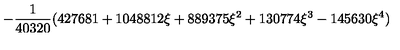
\displaystyle - \frac { 1 } { 4 0 3 2 0 } ( 4 2 7 6 8 1 + 1 0 4 8 8 1 2 \xi + 8 8 9 3 7 5 \xi ^ { 2 } + 1 3 0 7 7 4 \xi ^ { 3 } - 1 4 5 6 3 0 \xi ^ { 4 } )